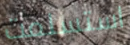
استسلمت